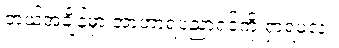
ဘယ်အချိန်မှာ အာဟာရပညာရှင်ကို ရှာရမလဲ။